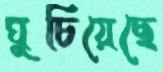
ঘুচিয়েছে